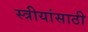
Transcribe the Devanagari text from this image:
स्त्रीयांसाठी